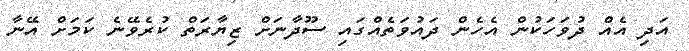
އަދި އެއް ދުވަހަކުން އެހެން ދައުވަތެއްގައި ސޫދާނަށް ޒިޔާރަތް ކުރެވޭނެ ކަމަށް އޭނާ